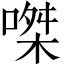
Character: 𠹳